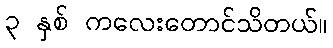
၃ နှစ် ကလေးတောင်သိတယ်။